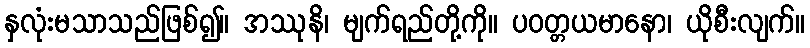
နှလုံးမသာသည်ဖြစ်၍။ အဿုနိ၊ မျက်ရည်တို့ကို။ ပဝတ္တယမာနော၊ ယိုစီးလျက်။